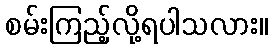
စမ်းကြည့်လို့ရပါသလား။